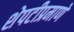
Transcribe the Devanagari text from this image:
शेपटीप्रमाणे